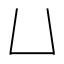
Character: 𠙴